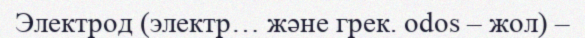
Электрод (электр… және грек. odos – жол) –